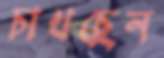
চাখছেন